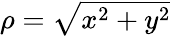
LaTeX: \textstyle\rho={\sqrt{x^{2}+y^{2}}}